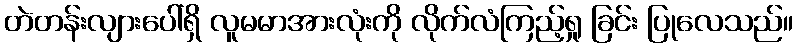
တဲတန်းလျားပေါ်ရှိ လူမမာအားလုံးကို လိုက်လံကြည့်ရှု ခြင်း ပြုလေသည်။